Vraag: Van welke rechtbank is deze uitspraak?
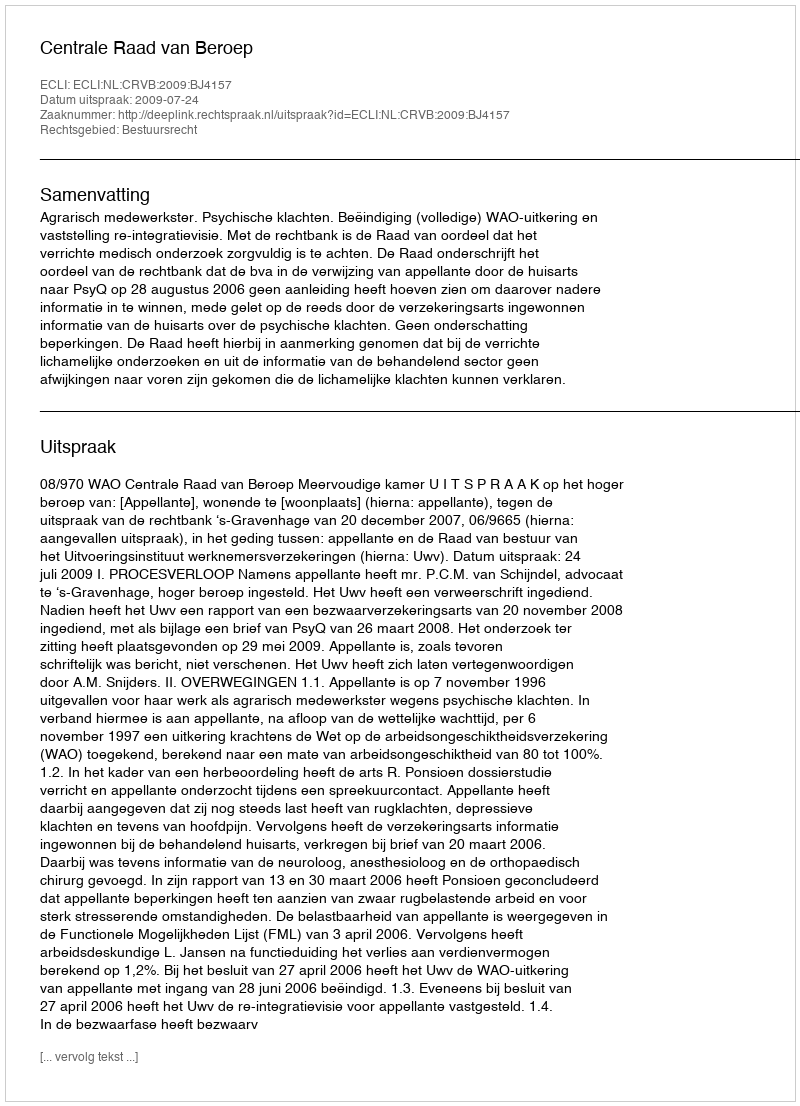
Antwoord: Centrale Raad van Beroep